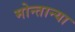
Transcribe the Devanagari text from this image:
मोन्तान्या